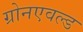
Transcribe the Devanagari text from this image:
ग्रोनएवल्ड